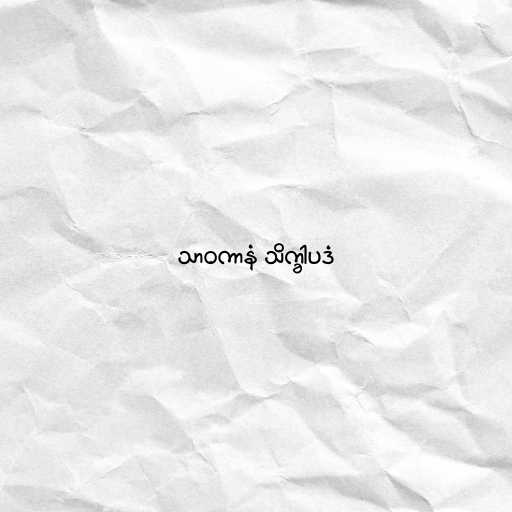
သာဝကာနံ သိက္ခါပဒံ